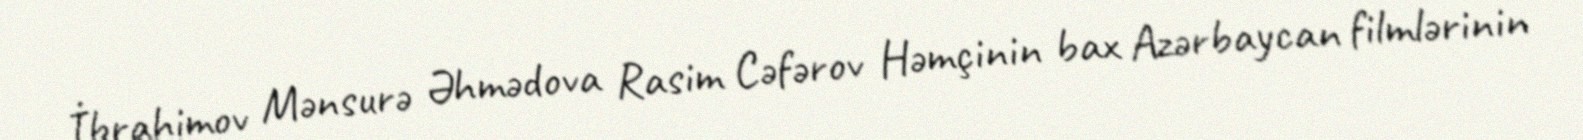
İbrahimov Mənsurə Əhmədova Rasim Cəfərov Həmçinin bax Azərbaycan filmlərinin